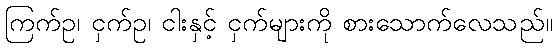
ကြက်ဥ၊ ငှက်ဥ၊ ငါးနှင့် ငှက်များကို စားသောက်လေသည်။